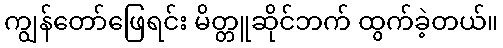
ကျွန်တော်ဖြေရင်း မိတ္တူဆိုင်ဘက် ထွက်ခဲ့တယ်။